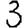
Digit: 3